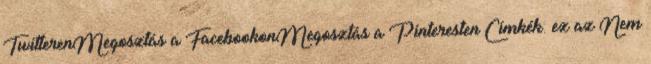
TwitterenMegosztás a FacebookonMegosztás a Pinteresten Címkék: ez az Nem